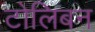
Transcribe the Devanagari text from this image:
टोलिबन